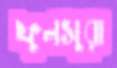
ফুলসুরা